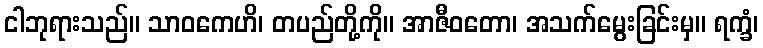
ငါဘုရားသည်။ သာဝကေဟိ၊ တပည်တို့ကို။ အာဇီဝတော၊ အသက်မွေးခြင်းမှ။ ရက္ခံ၊